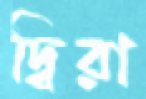
দ্বিরা